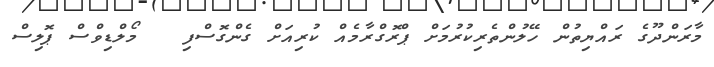
މާރަންދޫގެ ރައްޔިތުން ހޭލުންތެރިކުރުމަށް ޕްރޮގްރާމެއް ކުރިއަށް ގެންގޮސްފި   މޯލްޑިވްސް ޕޮލިސް